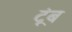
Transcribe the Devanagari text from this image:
टूंब